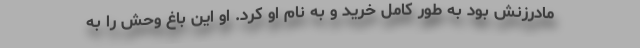
مادرزنش بود به طور کامل خرید و به نام او کرد. او این باغ وحش را به